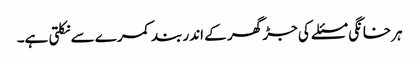
ہرخانگی مسئلے کی جڑ گھر کے اندر بند کمرے سے نکلتی ہے۔